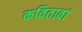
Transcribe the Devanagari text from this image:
कवितावां